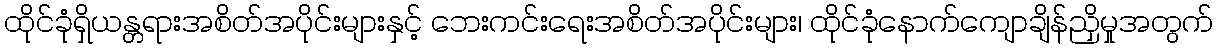
ထိုင်ခုံရှိယန္တရားအစိတ်အပိုင်းများနှင့် ဘေးကင်းရေးအစိတ်အပိုင်းများ၊ ထိုင်ခုံနောက်ကျောချိန်ညှိမှုအတွက်